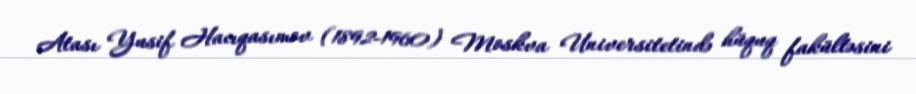
Atası Yusif Hacıqasımov (1892-1960) Moskva Universitetində hüquq fakültəsini